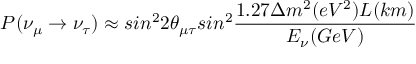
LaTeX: P ( \nu _ { \mu } \rightarrow \nu _ { \tau } ) \approx s i n ^ { 2 } 2 \theta _ { \mu \tau } s i n ^ { 2 } \frac { 1 . 2 7 \Delta m ^ { 2 } ( e V ^ { 2 } ) L ( k m ) } { E _ { \nu } ( G e V ) }